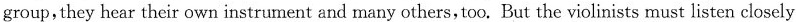
group,they hear their own instrument and many others,too. But the violinists must listen closely